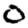
Digit: 0